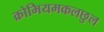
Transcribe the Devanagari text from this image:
क्रोमियमकलछुल